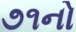
૭૧નો